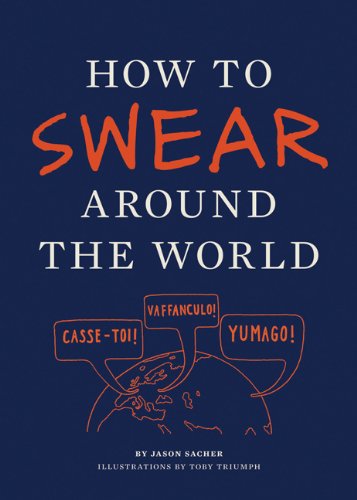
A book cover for How to Swear Around the World; Jay Sacher; Humor & Entertainment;